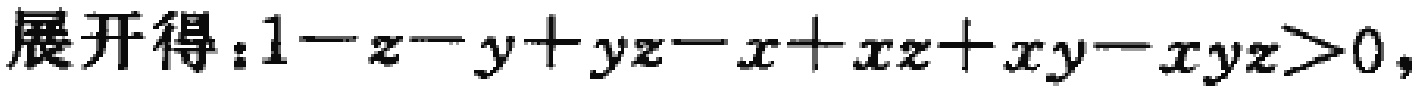
展开得：\(1 - z - y + yz - x + xz + xy - xyz>0\)